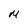
Character: M